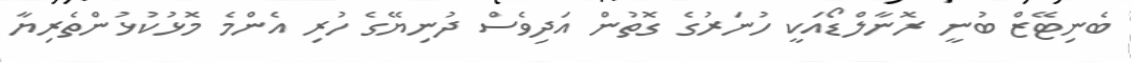
ބެނިޓޭޒް ބުނީ ރޮނާލްޑޯއަކީ ހުނަރުގެ ގޮތުން އަދިވެސް ދުނިޔޭގެ ހުރި އެންމެ މޮޅުކުޅުންތެރިޔާ